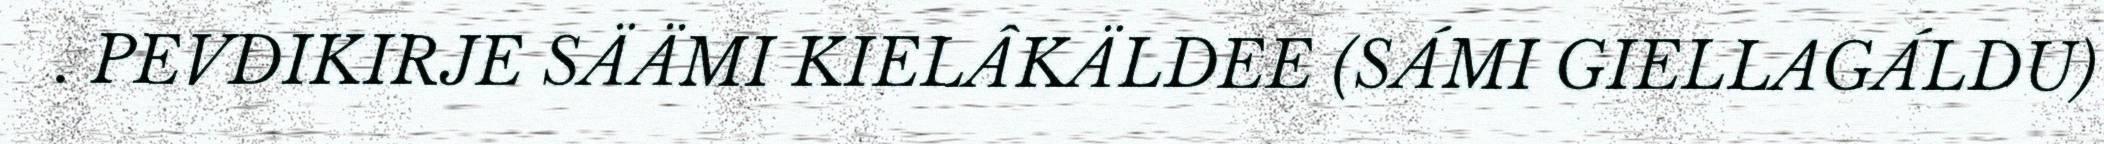
. PEVDIKIRJE SÄÄMI KIELÂKÄLDEE (SÁMI GIELLAGÁLDU)